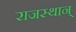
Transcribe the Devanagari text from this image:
राजस्थान्